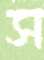
স